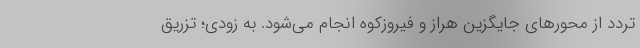
تردد از محور‌های جایگزین هراز و فیروزکوه انجام می‌شود. به زودی؛ تزریق